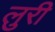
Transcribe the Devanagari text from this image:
लुरी